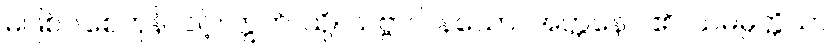
မဖြစ်ပါစေကုန်လင့်။ ဣတိ၊ သို့။ သဗ္ဗာပိ၊ န်သော။ အတ္တနော၊ ၏။ သမမ္ပတ္တိယာ၊